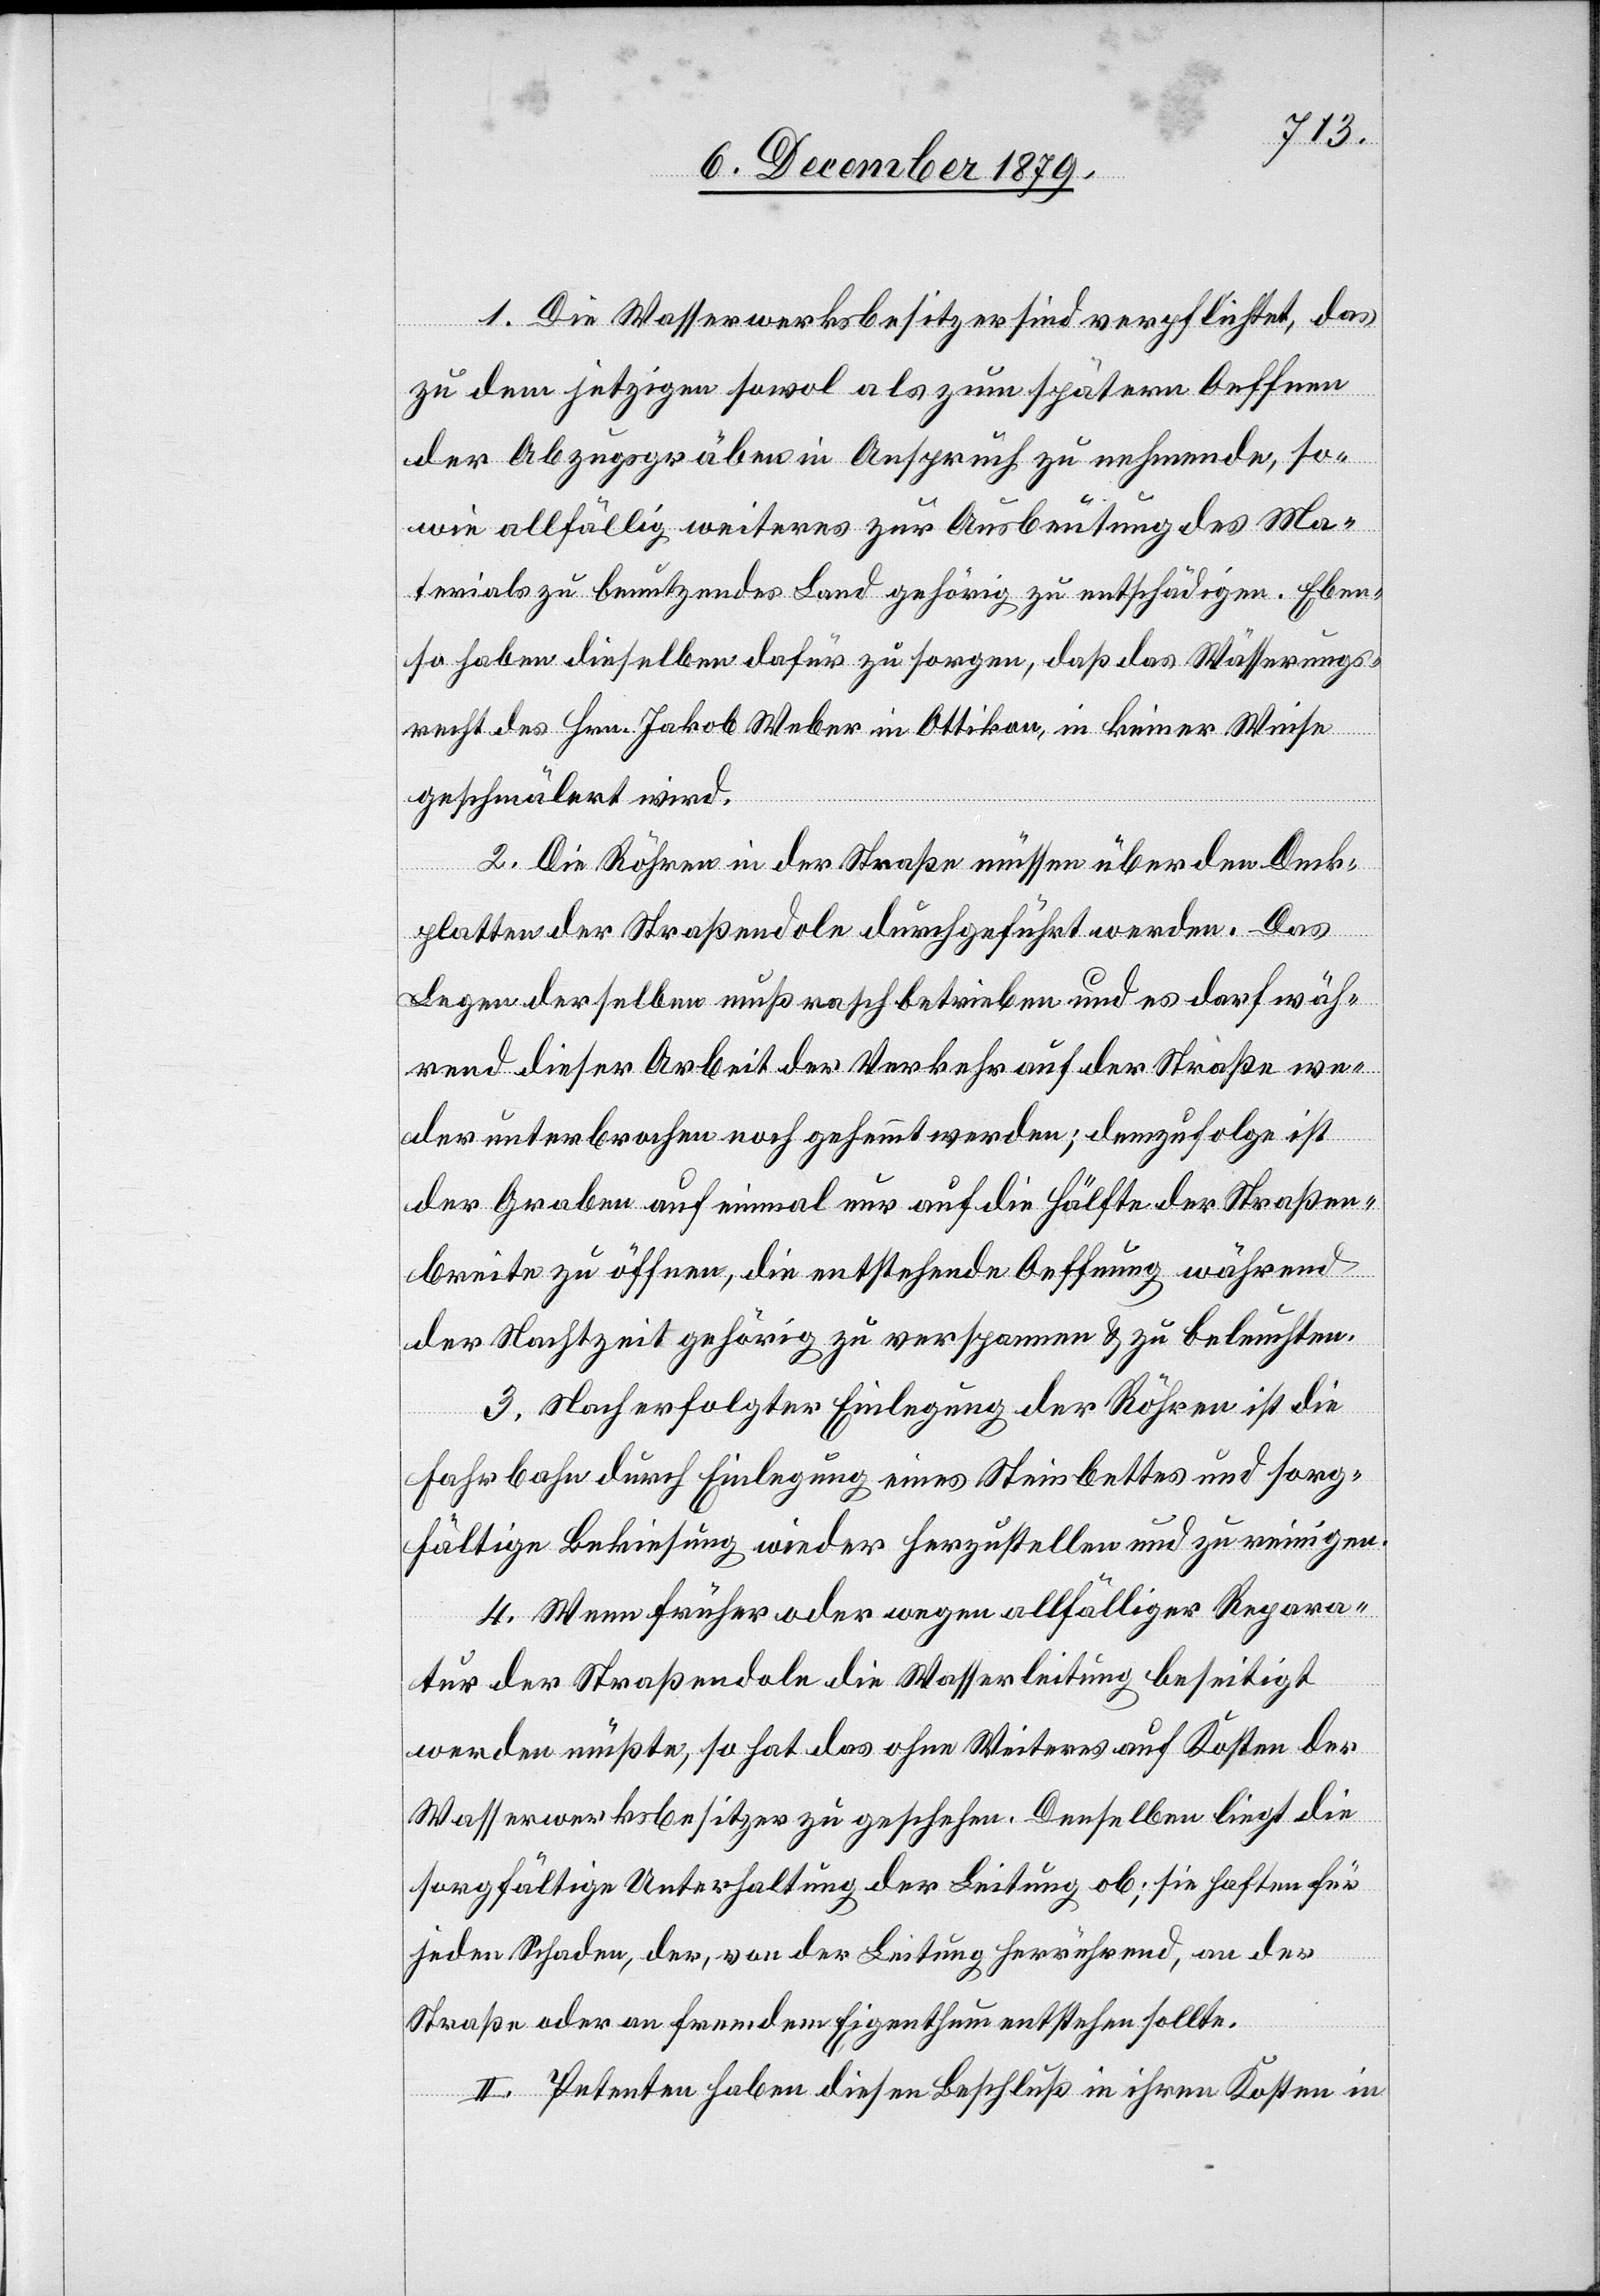
1. Die Wasserwerksbesitzer sind verpflichtet, das
zu dem jetzigen sowol als zum spätern Oeffnen
der Abzugsgräben in Anspruch zu nehmende, so¬
wie allfällig weiteres zur Ausbeutung des Ma¬
terials zu benutzendes Land gehörig zu entschädigen. Eben¬
so haben dieselben dafür zu sorgen, daß das Wässerungs¬
recht des Hrn. Jakob Weber in Ottikon, in keiner Weise
geschmälert wird.
2. Die Röhren in der Straße müssen über den Deck¬
platten der Straßendole durchgeführt werden. Das
Legen derselben muß rasch betrieben und es darf wäh¬
rend dieser Arbeit der Verkehr auf der Straße we¬
der unterbrochen noch gehemmt werden; demzufolge ist
der Graben auf einmal nur auf die Hälfte der Straßen¬
breite zu öffnen, die entstehende Oeffnung während
der Nachtzeit gehörig zu verspannen & zu beleuchten.
3. Nach erfolgter Einlegung der Röhren ist die
Fahrbahn durch Einlegung eines Steinbettes und sorg¬
fältige Bekiesung wieder herzustellen und zu reinigen.
4. Wenn früher oder wegen allfälliger Repara¬
tur der Straßendole die Wasserleitung beseitigt
werden müßte, so hat das ohne Weiteres auf Kosten der
Wasserwerksbesitzer zu geschehen. Denselben liegt die
sorgfältige Unterhaltung der Leitung ob; sie haften für
jeden Schaden, der, von der Leitung herrührend, an der
Straße oder an fremdem Eigenthum entstehen sollte.
II. Petenten haben diesen Beschluß in ihren Kosten in